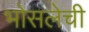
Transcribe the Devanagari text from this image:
भोसलेची